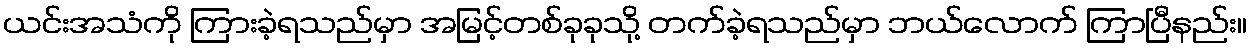
ယင်းအသံကို ကြားခဲ့ရသည်မှာ အမြင့်တစ်ခုခုသို့ တက်ခဲ့ရသည်မှာ ဘယ်လောက် ကြာပြီနည်း။